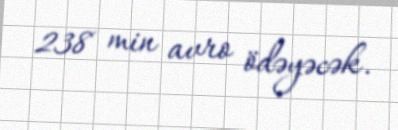
238 min avro ödəyəcək.